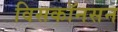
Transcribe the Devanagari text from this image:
विसकॉनसन